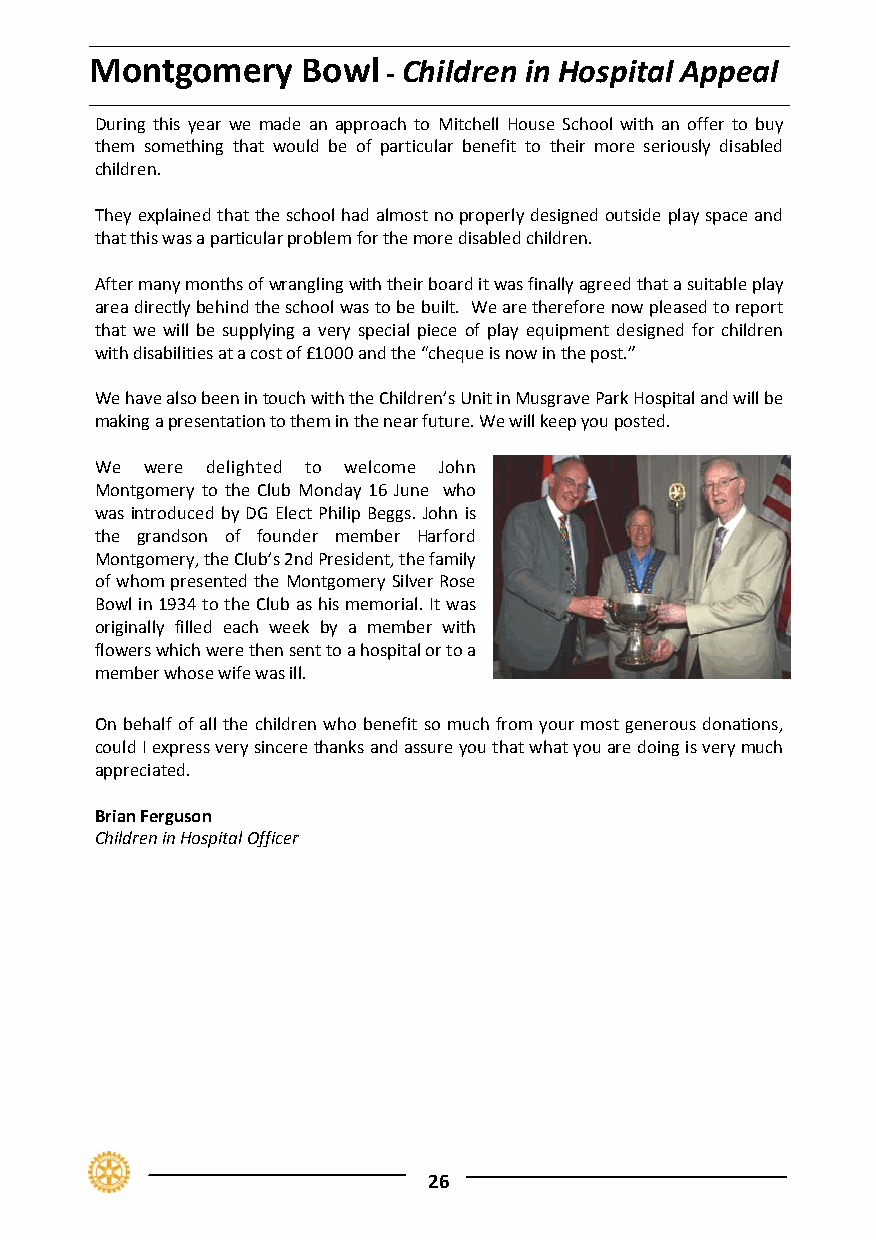
Montgomery    Bowl  ‐ Children in Hospital Appeal
 During this year we made an approach to Mitchell House School with an offer to buy
 them something that would be of particular benefit to their more seriously disabled
 children.
 They explained that the school had almost no properly designed outside play space and
 that this was a particular problem for the more disabled children.
 After many months of wrangling with their board it was finally agreed that a suitable play
 area directly behind the school was to be built. We are therefore now pleased to report
 that we will be supplying a very special piece of play equipment designed for children
 with disabilities at a cost of £1000 and the “cheque is now in the post.”
 We have also been in touch with the Children’s Unit in Musgrave Park Hospital and will be
 making a presentation to them in the near future. We will keep you posted.
 We  were delighted to welcome John
 Montgomery to the Club Monday 16 June who
 was introduced by DG Elect Philip Beggs. John is
 the grandson of founder member Harford
 Montgomery, the Club’s 2nd President, the family
 of whom presented the Montgomery Silver Rose
 Bowl in 1934 to the Club as his memorial. It was
 originally filled each week by a member with
 flowers which were then sent to a hospital or to a
 member whose wife was ill.
 On behalf of all the children who benefit so much from your most generous donations,
 could I express very sincere thanks and assure you that what you are doing is very much
 appreciated.
 Brian Ferguson
 Children in Hospital Officer
 26